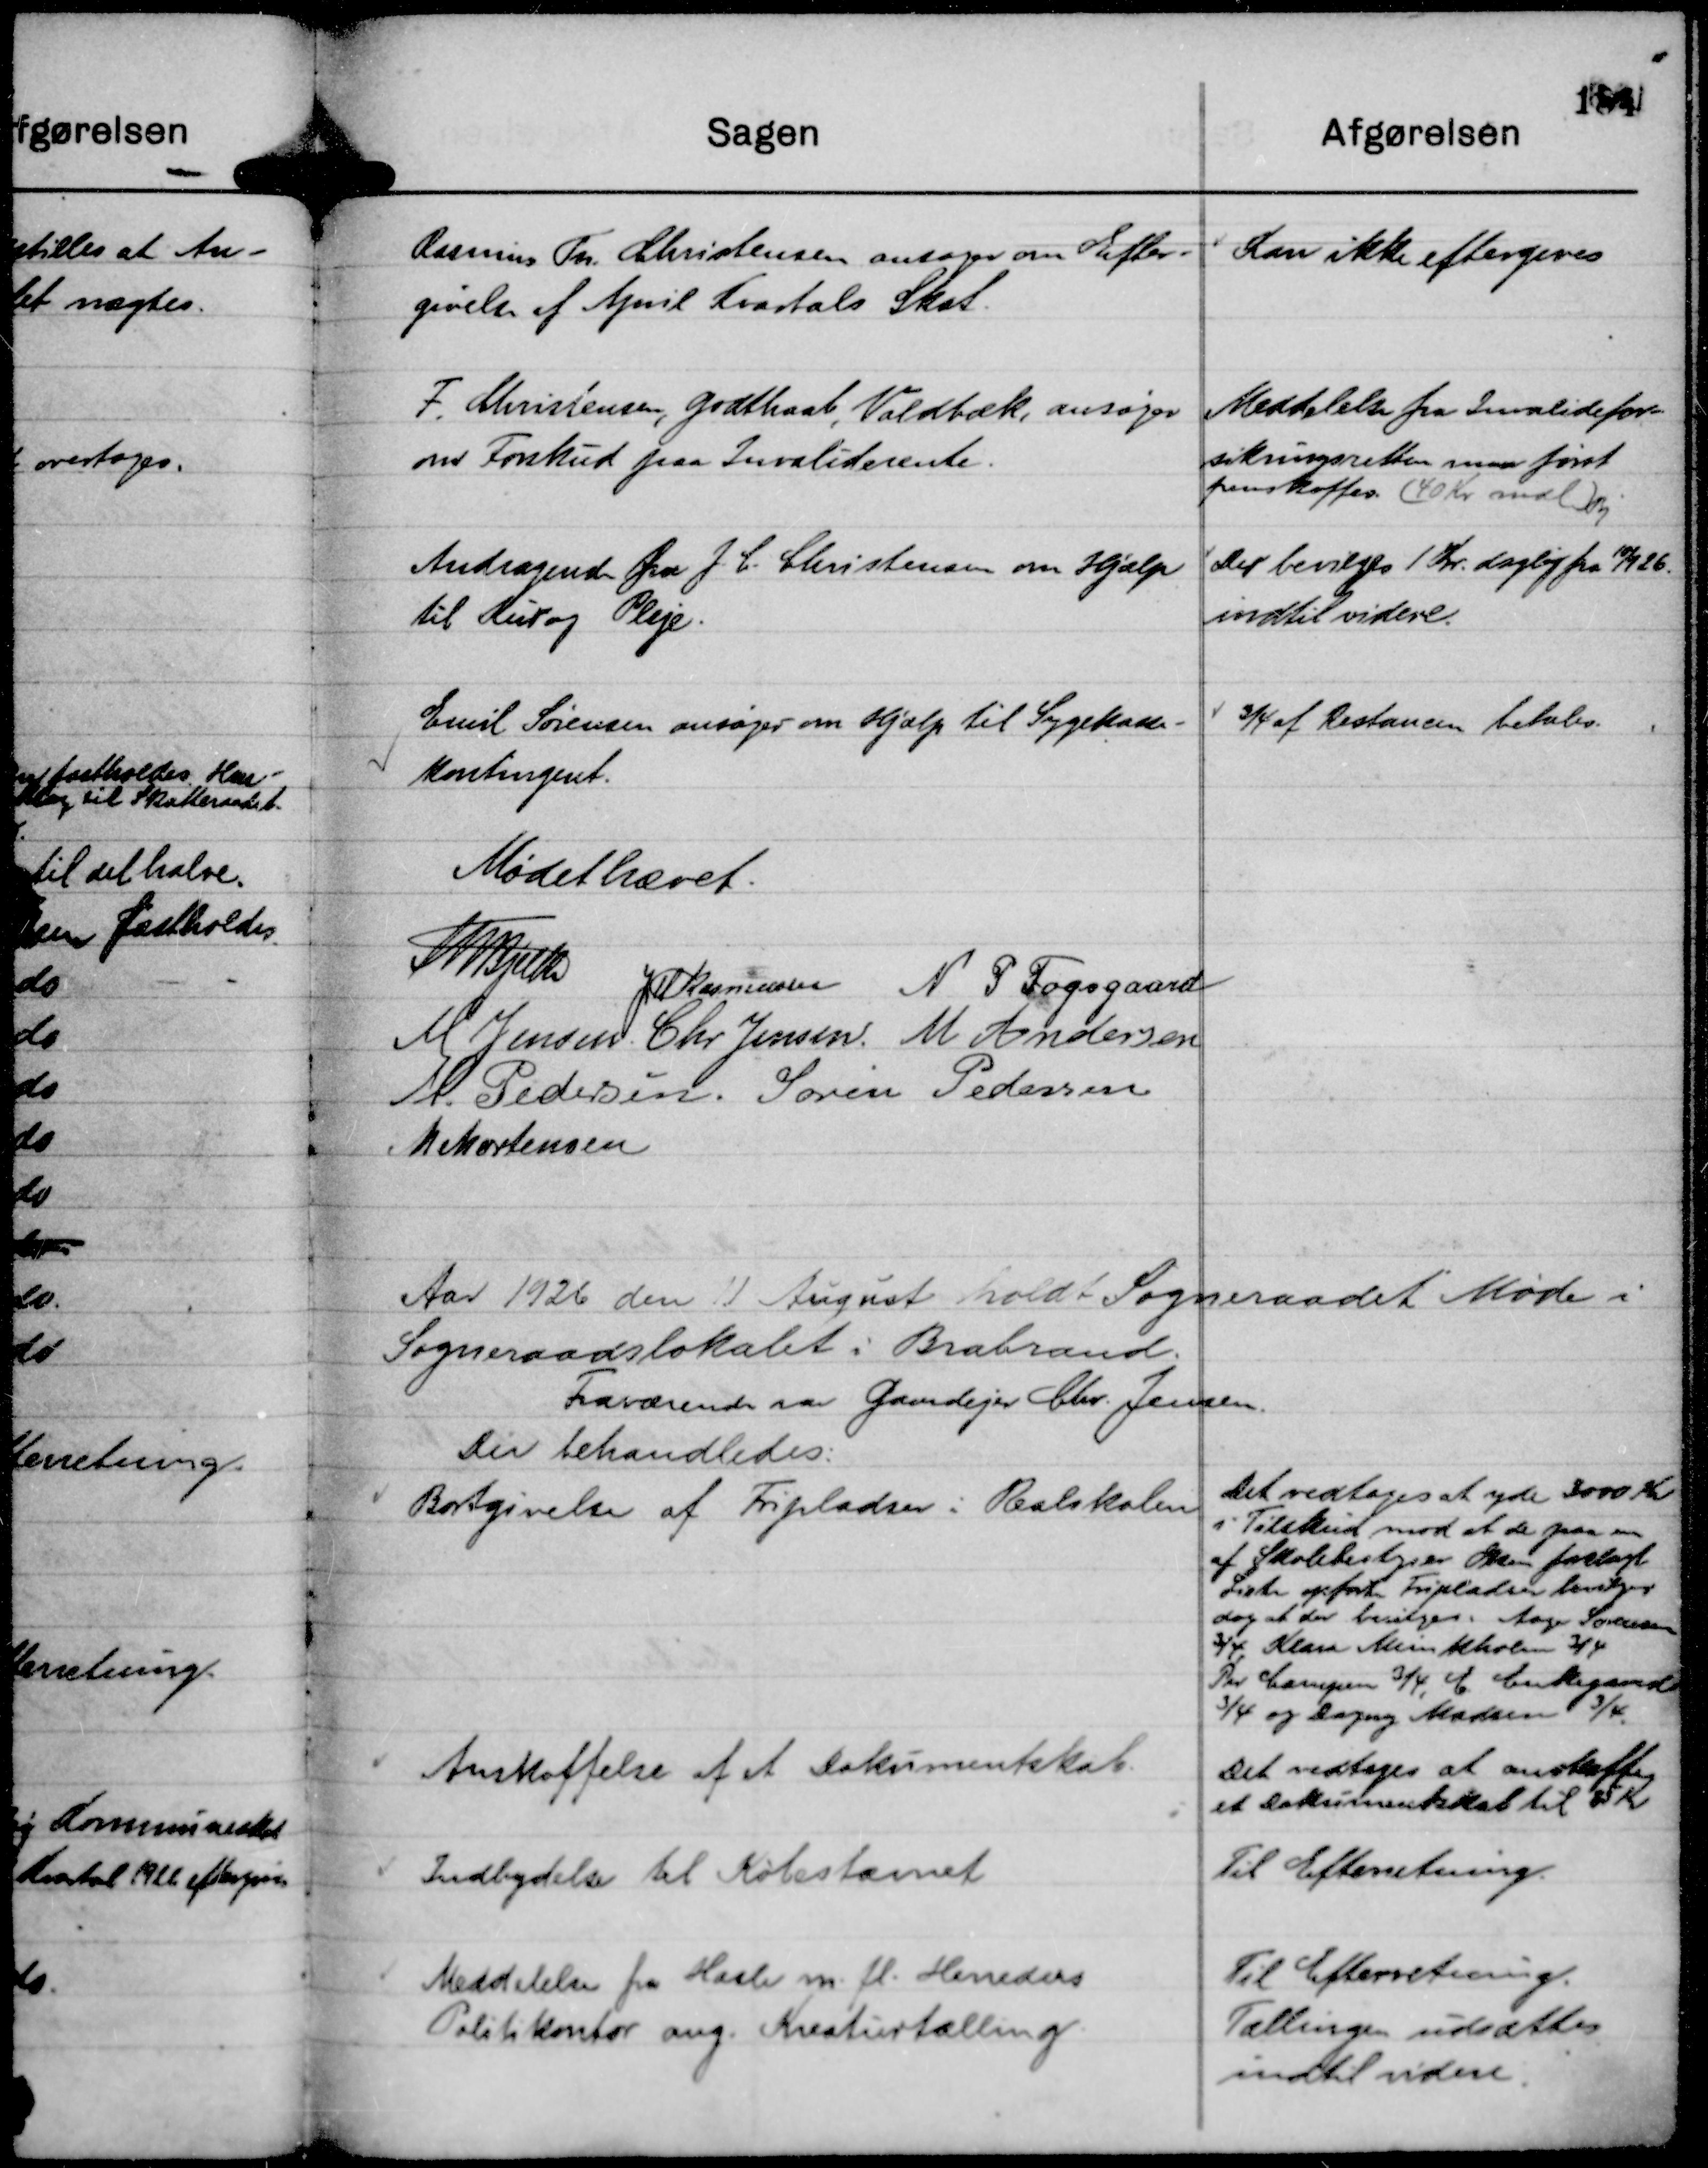
Transskription:
Rasmus Th. Christensen ansøger om Efter-
givelse af April Kvartals Skat.

Kan ikke eftergives

F. Christensen, Godthaab, Voldbæk, ansøger
om Forskud paa Invaliderente.

Meddelelse fra Invalidefor-
sikringsretten maa først
fremskaffes. ( 40 Kr mdl ) Bj

Andragende fra J. C. Christensen om Hjælp
til Kur og Pleje.

Der bevilges 1 Kr. daglig fra 10/9 26.
indtil videre.

Emil Sørensen ansøger om Hjælp til Sygekasse-
kontingent.

¾ af Restancen betales.

Mødet hævet.
Th Bjelke
JM Rasmussen
N P Fogsgaard
M Jensen.
Chr Jensen.
M Andersen
M Pedersen.
Søren Pedersen
M Mortensen

Aar 1926 den 11 August holdt Sogneraadet Møde i
Sogneraadslokalet i Brabrand.
Fraværende var Gaardejer Chr. Jensen.
Der behandledes:

Bortgivelse af Fripladser i Realskolen

Det vedtages at yde 3000 Kr
i Tilskud mod at de paa en
af Skolebestyrer Olsen fastlagt
Liste opførte Fripladser bevilges
dog at der bevilges: Aage Sørensen
¾ Klara Munkholm ¾
Per Campen ¾, C. Enkegaard
¾ og Dagny Madsen ¾.

Anskaffelse af et Dokumentskab.

Det vedtages at anskaffe
et Dokumentskab til 25 Kr

Indbydelse til Købestævnet

Til Efterretning.

Meddelelse fra Hasle m. fl. Herreders
Politikontor ang. Kreaturtælling.

Til Efterretning.
Tællingen udsættes
indtil videre.